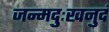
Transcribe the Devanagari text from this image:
जन्मदुःखनुदं